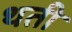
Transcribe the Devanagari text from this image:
थती